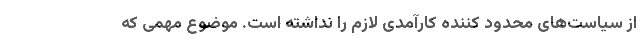
از سیاست‌های محدود کننده کارآمدی لازم را نداشته است. موضوع مهمی که